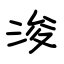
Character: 浚